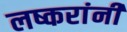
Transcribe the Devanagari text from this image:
लष्करांनी